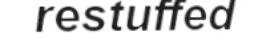
restuffed